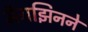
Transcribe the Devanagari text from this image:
मॅगझिनने